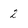
Character: 2